Materia medica of Madras volume I
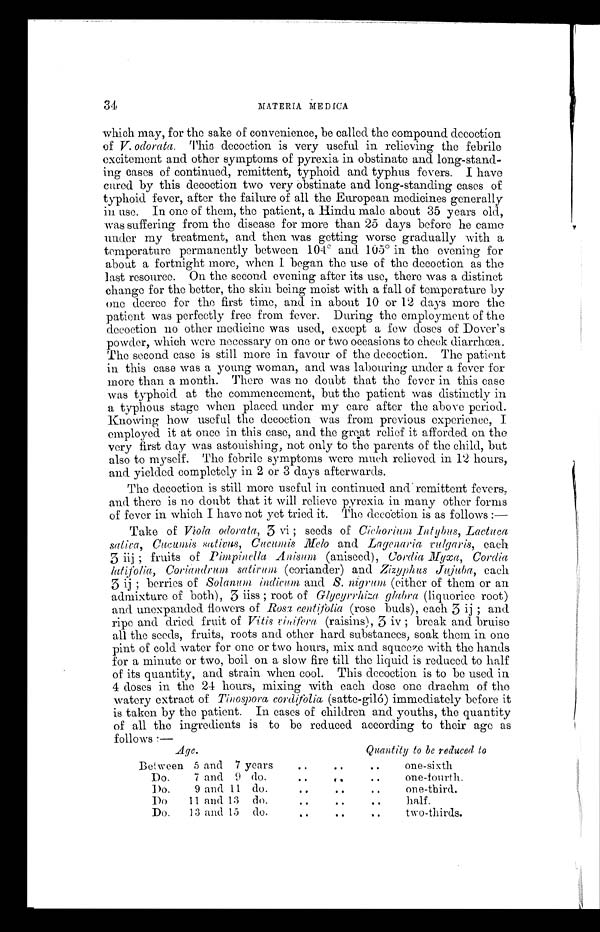
34
MATERIA MEDICA
which may, for the sake of convenience, be called the compound decoction
of V. odorata. This decoction is very useful in relieving the febrile
excitement and other symptoms of pyrexia in obstinate and long-stand-
ing cases of continued, remittent, typhoid and typhus fevers. I have
cured by this decoction two very obstinate and long-standing cases of
typhoid fever, after the failure of all the European medicines generally
in use. In one of them, the patient, a Hindu male about 35 years old,
was suffering from the disease for more than 25 days before he came
under my treatment, and then was getting worse gradually with a
temperature permanently between 104°
and 105° in the evening for
about a fortnight more, when I began the use of the decoction as the
last resource. On the second evening after its use, there was a distinct
change for the better, the skin being moist with a fall of temperature by
one decree for the first time, and in about 10 or 12 days more the
patient was perfectly free from fever. During the employment of the
decoction no other medicine was used, except a few doses of Dover's
powder, which were necessary on one or two occasions to cheek diarrhœa.
The second case is still more in favour of the decoction. The patient
in this case was a young woman, and was labouring under a fever for
more than a month. There was no doubt that the fever in this case
was typhoid at the commencement, but the patient was distinctly in
a typhous stage when placed under my care after the above period.
Knowing how useful the decoction was from previous experience, I
employed it at once in this case, and the great relief it afforded on the
very first day was astonishing, not only to the parents of the child, but
also to myself. The febrile symptoms were much relieved in 12 hours,
and yielded completely in 2 or 3 days afterwards.
The decoction is still more useful in continued and remittent fevers,
and there is no doubt that it will relieve pyrexia in many other forms
of fever in which I have not yet tried it. The decoction is as follows :
—
Take of Víola odorata , 3 vi ; seeds of Cichorium Intybus, Lactuca
sativa, Cucumis sativus, Cucumis Melo and Layenaria vulgaris, each
3 iij ; fruits of Pimpinella Anisum (aniseed), Cordia Myxa, Cordia
latifolia, Coriandrum sativum (coriander) and Zizyphus Jujuba, each
3 ij ; berries of Solanum indicum and S. nigrum (either of them or an
admixture of both), 3 iiss ; root of Glycyrrhiza glabra (liquorice root)
and unexpanded flowers of Rosa centifolia (rose buds), each 3 ij ; and
ripe and dried fruit of Vitis vinifera (raisins), 3 iv ; break and bruise
all the seeds, fruits, roots and other hard substances, soak them in one
pint of cold water for one or two hours, mix and squeeze with the hands
for a minute or two, boil on a slow fire till the liquid is reduced to half
of its quantity, and strain when cool. This decoction is to be used in
4 doses in the 24 hours, mixing with each dose one drachm of the
watery extract of Tinospora cordifolia (satte-giló) immediately before it
is taken by the patient. In cases of children and youths, the quantity
of all the ingredients is to be reduced according to their age as
follows : —
Age.
Quantity to be reduced to
Between 5 and 7 years
..
• .
..
one-sixth
Do.
7 and 9 do.
..
. .
..
one-fourth.
Do.
9 and 11 do.
.. .. ..
one-third.
Do
11 and 13 do.
.. .. ..
half.
Do.
13 and 15 do.
..
..
..
two-thirds.